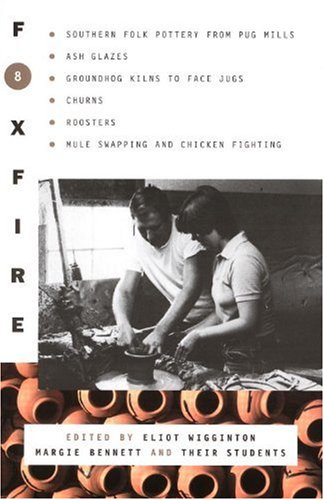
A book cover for Foxfire 8; Literature & Fiction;